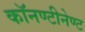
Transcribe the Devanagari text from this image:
काॅनण्टीनेण्ट